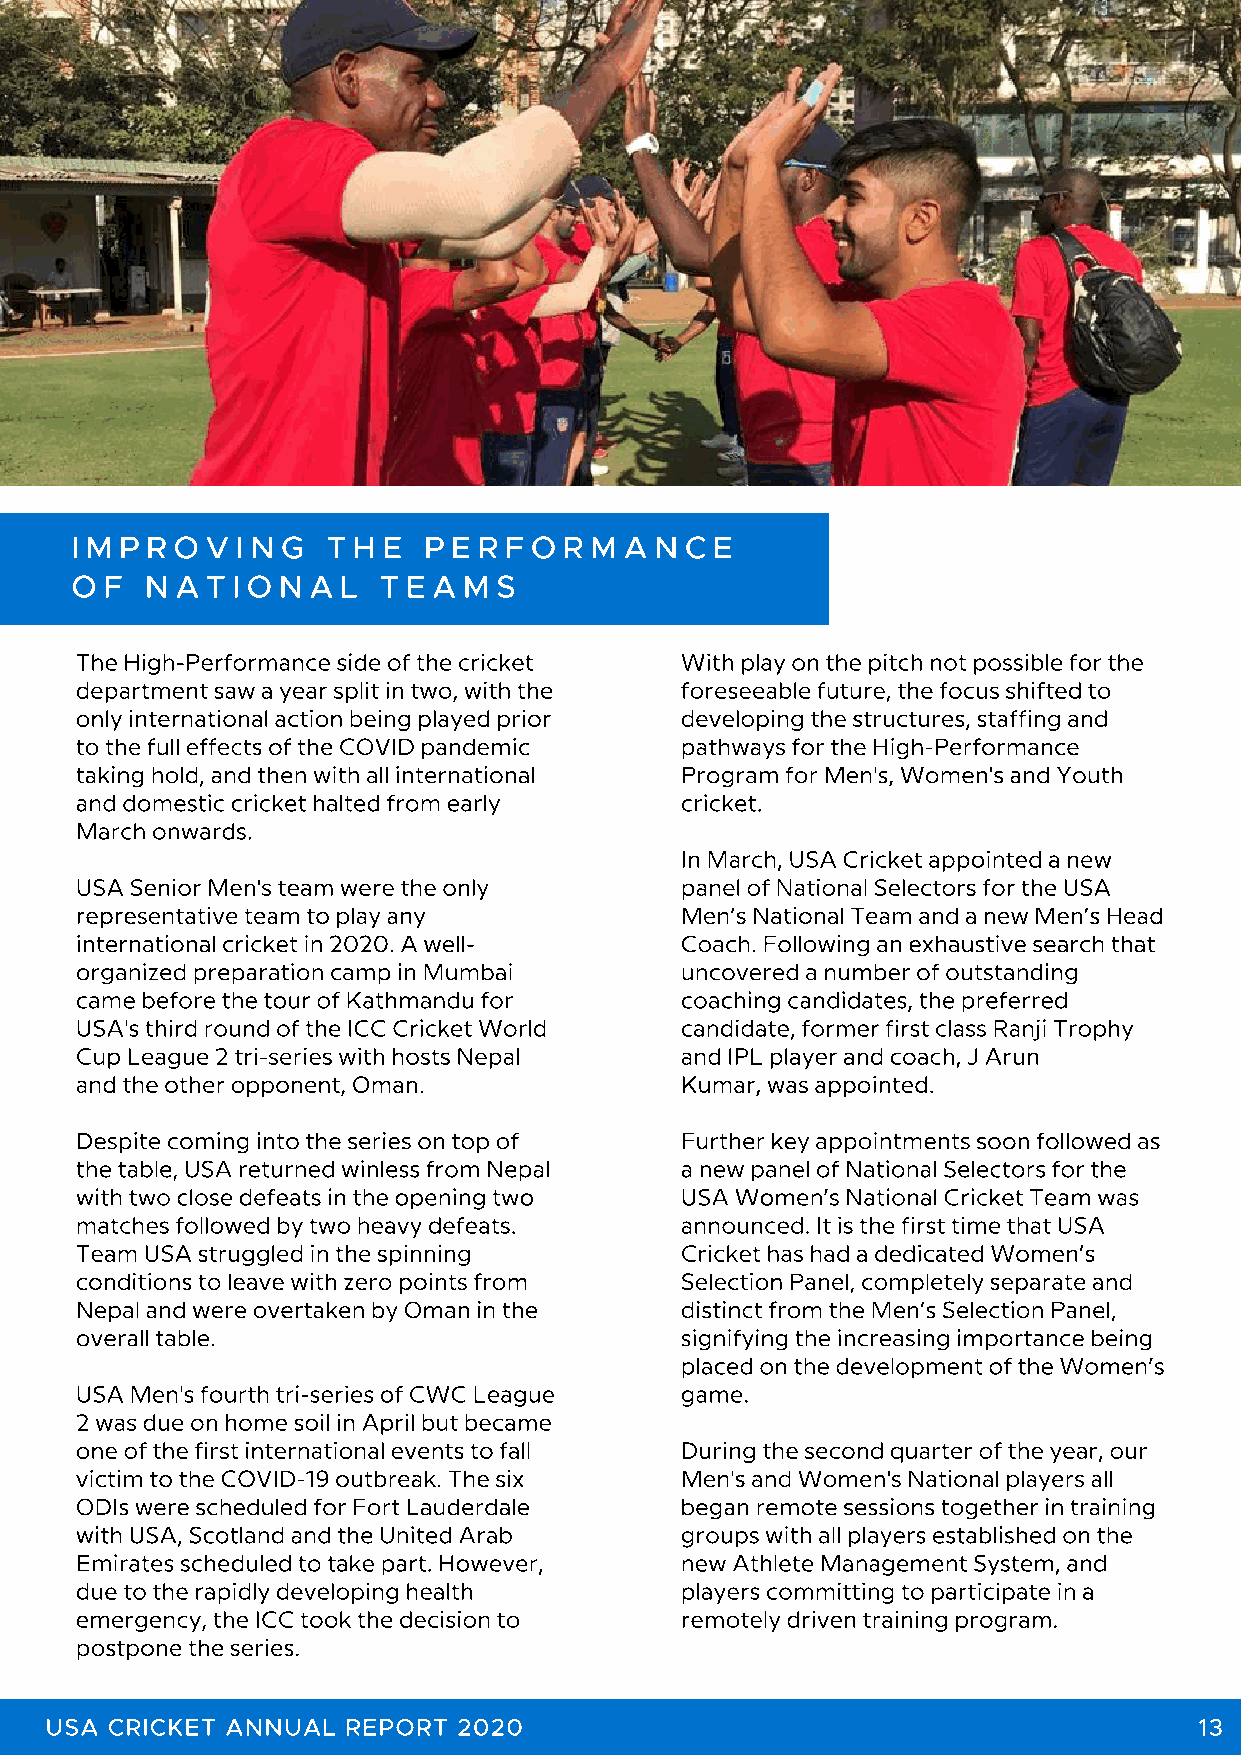
I M P R O V I N G T H E P E R F O R M A N C E
 O F  N A T I O N A L T E A M S
 The High-Performance side of the cricket With play on the pitch not possible for the
 department saw a year split in two, with the foreseeable future, the focus shifted to
 only international action being played prior developing the structures, staffing and
 to the full effects of the COVID pandemic pathways for the High-Performance
 taking hold, and then with all international Program for Men's, Women's and Youth
 and domestic cricket halted from early  cricket.
 March onwards.
 In March, USA Cricket appointed a new
 USA Senior Men's team were the only     panel of National Selectors for the USA
 representative team to play any         Men’s National Team and a new Men’s Head
 international cricket in 2020. A well-  Coach. Following an exhaustive search that
 organized preparation camp in Mumbai    uncovered a number of outstanding
 came before the tour of Kathmandu for   coaching candidates, the preferred
 USA's third round of the ICC Cricket World candidate, former first class Ranji Trophy
 Cup League 2 tri-series with hosts Nepal and IPL player and coach, J Arun
 and the other opponent, Oman.           Kumar, was appointed.
 Despite coming into the series on top of Further key appointments soon followed as
 the table, USA returned winless from Nepal a new panel of National Selectors for the
 with two close defeats in the opening two USA Women’s National Cricket Team was
 matches followed by two heavy defeats.  announced. It is the first time that USA
 Team USA struggled in the spinning      Cricket has had a dedicated Women’s
 conditions to leave with zero points from Selection Panel, completely separate and
 Nepal and were overtaken by Oman in the distinct from the Men’s Selection Panel,
 overall table.                          signifying the increasing importance being
 placed on the development of the Women’s
 USA Men's fourth tri-series of CWC League game.
 2 was due on home soil in April but became
 one of the first international events to fall During the second quarter of the year, our
 victim to the COVID-19 outbreak. The six Men's and Women's National players all
 ODIs were scheduled for Fort Lauderdale began remote sessions together in training
 with USA, Scotland and the United Arab  groups with all players established on the
 Emirates scheduled to take part. However, new Athlete Management System, and
 due to the rapidly developing health    players committing to participate in a
 emergency, the ICC took the decision to remotely driven training program.
 postpone the series.
 USA CRICKET ANNUAL  REPORT 2020                                             13